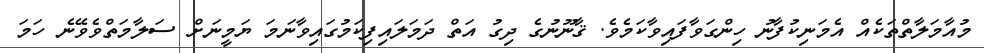
މުއާމަލާތްތަކެއް އެމަނިކުފާނު ހިންގަވާފައިވާކަމެވެ. ޤާނޫނުގެ ދިގު އަތް ދަމަލައިފިކަމުގައިވާނަމަ ޔަމީނަށް ސަލާމަތްވެވޭނެ ހަމަ